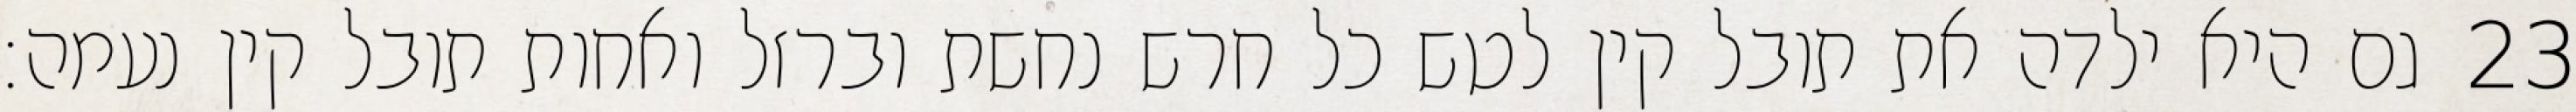
גם היא ילדה את תובל קין לטש כל חרש נחשת וברזל ואחות תובל קין נעמה׃ ‎23‏